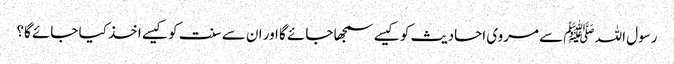
رسول اللہ ﷺ سے مروی احادیث کو کیسے سمجھا جائے گا اور ان سے سنت کو کیسے اخذ کیا جائے گا؟